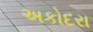
અકોદરા